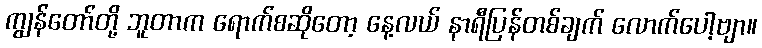
ကျွန်တော်တို့ ဘူတာက ရောက်စဆိုတော့ နေ့လယ် နာရီပြန်တစ်ချက် လောက်ပေါ့ဗျာ။